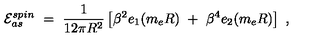
{ \cal E } _ { a s } ^ { s p i n } \ = \ \frac { 1 } { 1 2 \pi R ^ { 2 } } \left[ \beta ^ { 2 } e _ { 1 } ( m _ { e } R ) \ + \ \beta ^ { 4 } e _ { 2 } ( m _ { e } R ) \right] \ ,